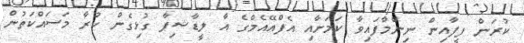
ކުރަން ފީފާއިން ނިންމާފައިވާ ކަމަށާއި އެފްއޭއެމްގެ އާ ލީޑާޝިޕާ ގުޅިގެން ކުރާ މަސައްކަތުން